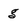
Character: g